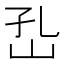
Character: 𡵾